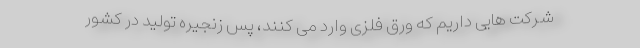
شرکت هایی داریم که ورق فلزی وارد می کنند، پس زنجیره تولید در کشور